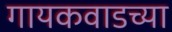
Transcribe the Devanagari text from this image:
गायकवाडच्या